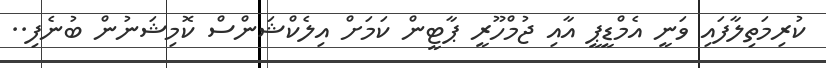
ކުރިމަތިލާފައި ވަނީ އެމްޑީޕީ އާއި ޖުމްހޫރީ ޕާޓީން ކަމަށް އިލެކްޝަންސް ކޮމިޝަނުން ބުނެފި..